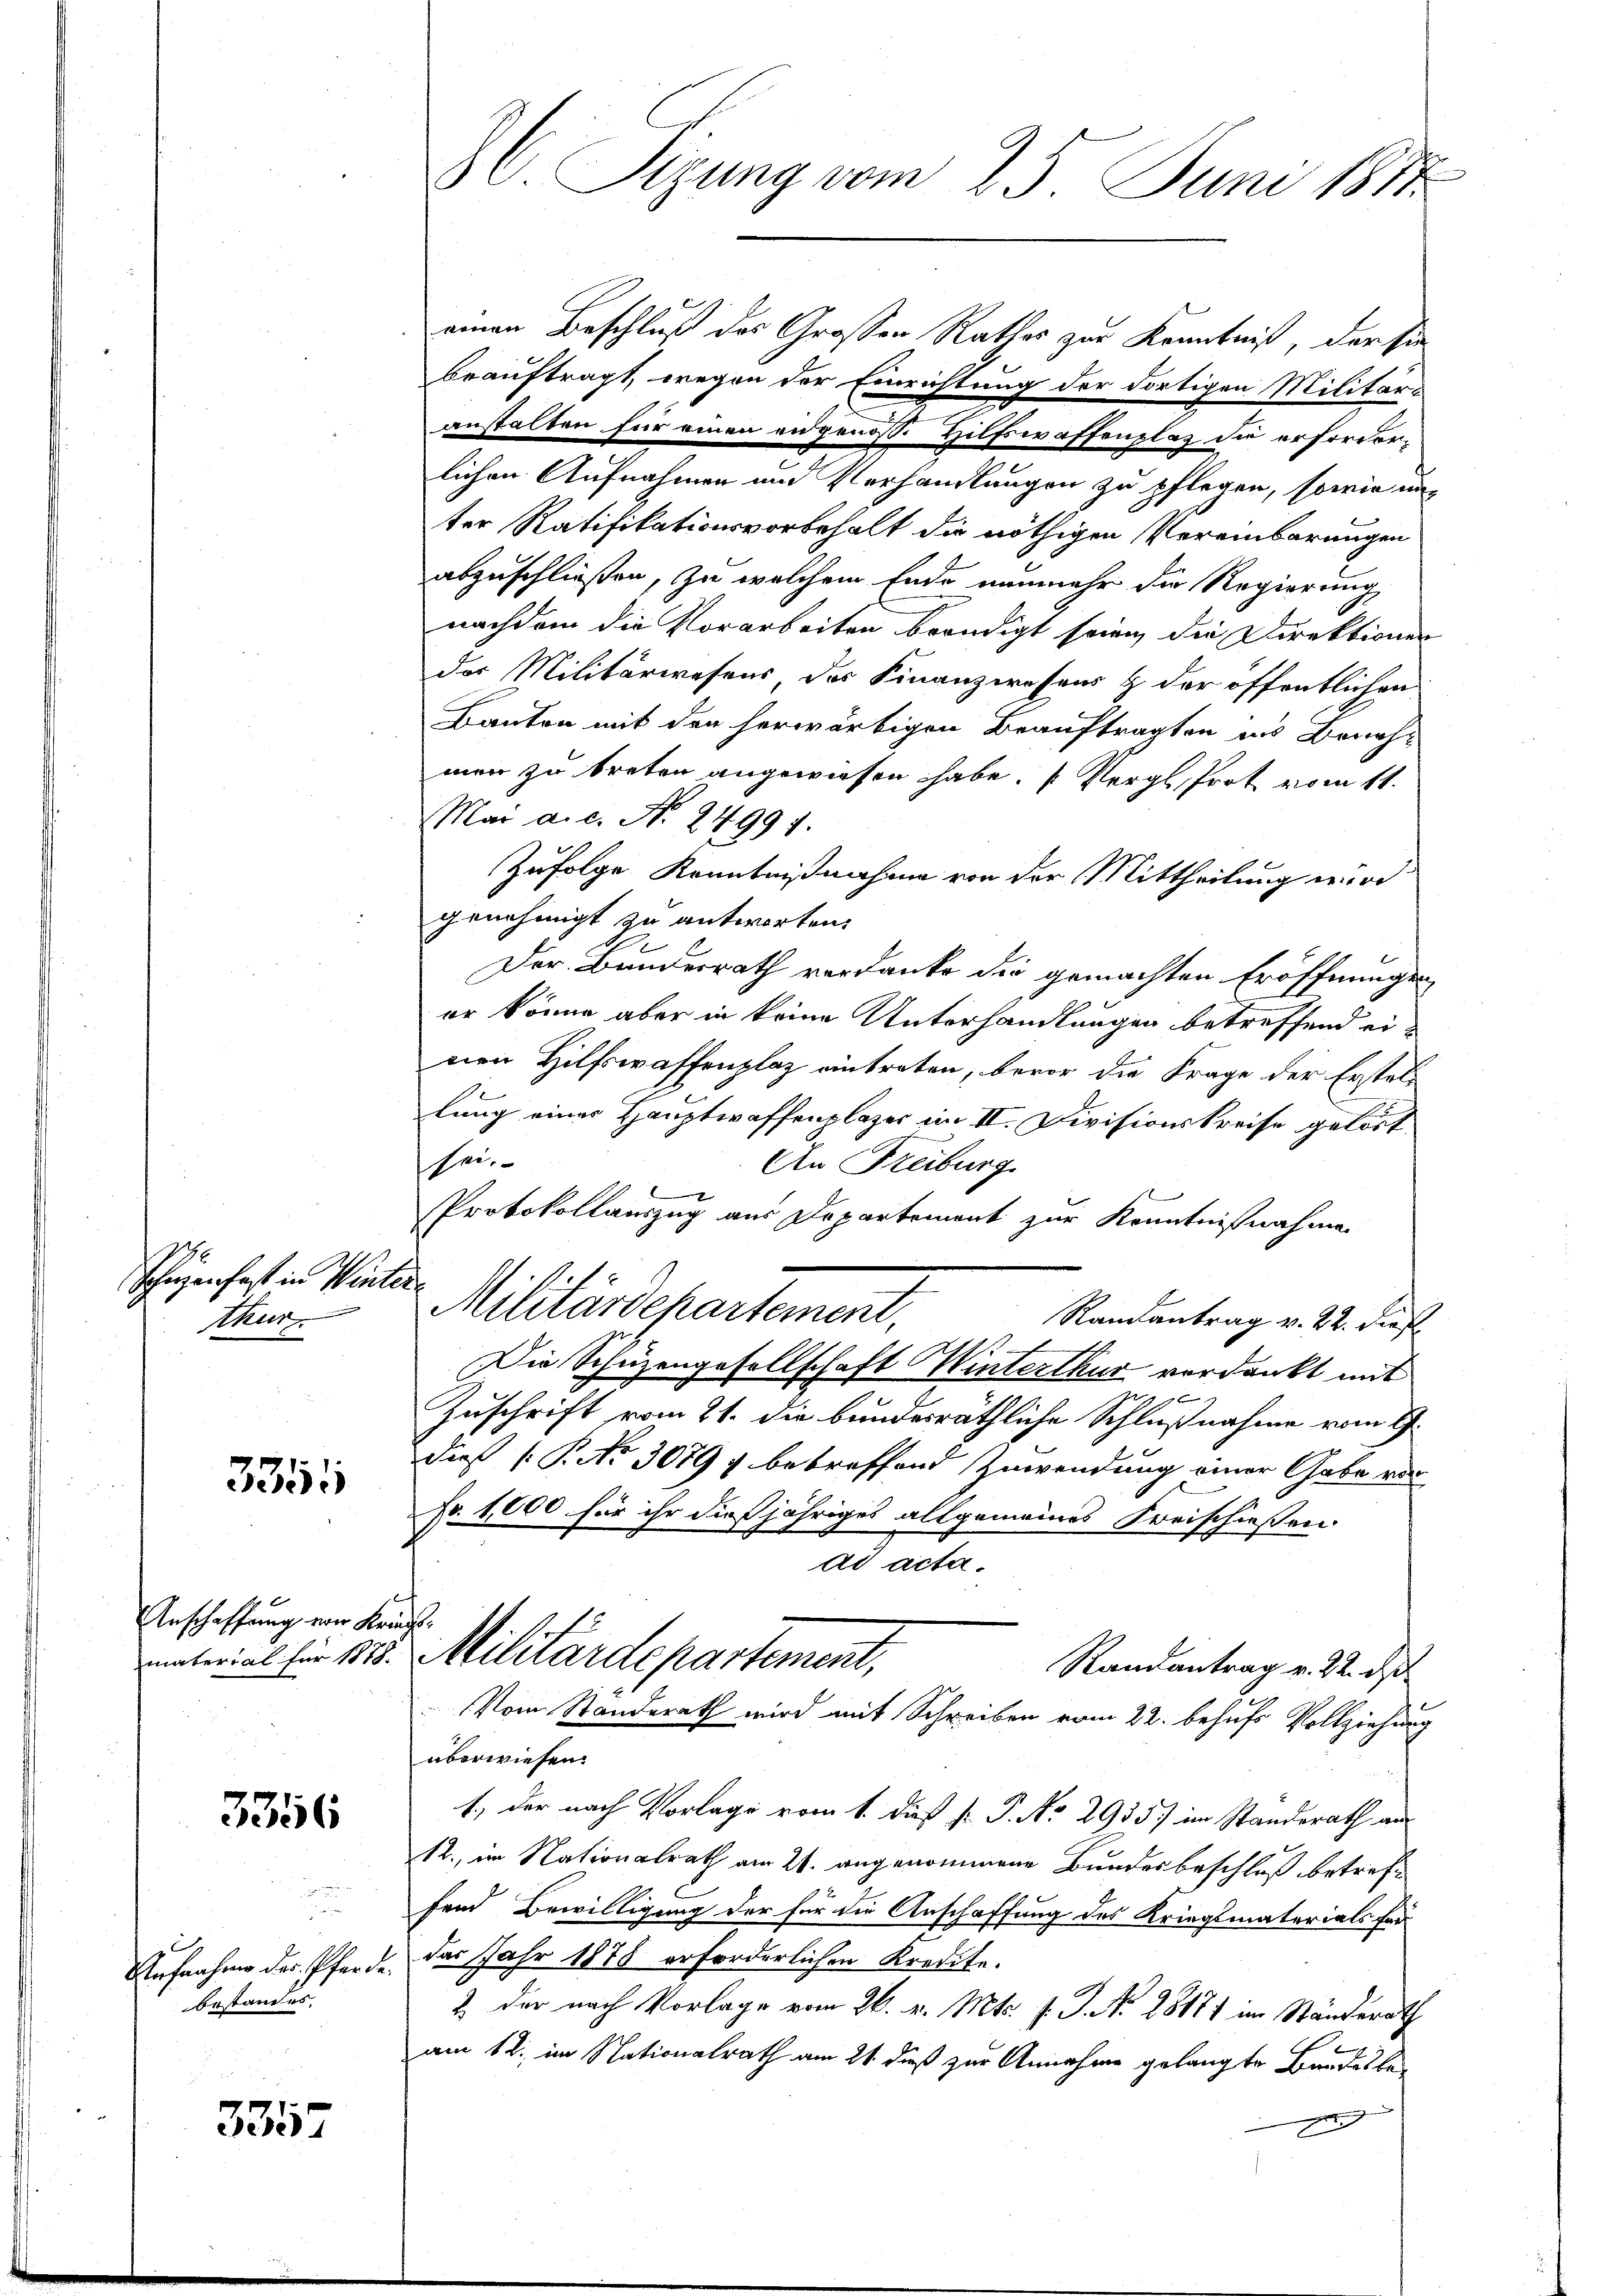
Schnen fast in Winter
thur

3351

Anschaffung von Kra

3356

Aufnahme der Pferde
bestandes.

335

SC. Sizung vom 25. Juni 1841.

einen Beschluß des Grossen Rathes zur Kenntniß, der sie
beauftragt, wegen der Einrichtung der dortigen Militär-
anstalten für einen angenoss. Hilfswaffenplas die erforderlichen Aufnahmen und Verhandlungen zu pflegen, sowie un-
ter Ratifikationsvorbehalt die nöthigen Vereinbarungen
abzuschließen, zu welchem Ende nunmehr die Regierung,
nachdem die Vorarbeiten beendigt seien, die Direktionen
des Militärwesens des Finanzwesens & der öffentlichen
Bauten mit den herwärtigen Beauftragten ins Beneh-
men zu treten angewiesen habe. (Vergl. Prot vom 11.
Mai a.c. No. 2499 f.
Zufolge Kenntnißnahme von der Mittheilung wird
genehmigt zu antworten,
Der Bundesrath verdanke die gemachten Eröffnungen
er könne aber in keine Unterhandlungen betreffend einen Hilfswaffenplaz eintreten, bevor die Frage der Erstellung einer Hauptwaffenplazer im II. Divisionskreise gelöst.
sei.
An Freiburg
Protokollauszug aus Departement zur Kenntnißnahme
Militärdepartement,
Ramantrag v. 22. dieß
e
Die Schüzengesellschaft Winterthur verdankt mit
 f
Zuschrift vom 21. die bundesräthliche Schlußnahme vom 9.
dieß (P. Nr. 3079 f betreffend Zuwendung einer Gabe vor
Nr. 1000 für ihr dießjähriges allgemeines Kreischiessen.
ad acta.
i
unterial für 128. Militärdepartement,
Randantrag v. 22. ds
Vom Standerath wird mit Schreiben vom 22. behufs Vollziehung
überwiesen.
1.) Der nach Vorlage vom 1. dieß P. P. No 2935) im Standsrath an
12., im Nationalrath am 21. angenommene Bundesbeschluß betreffend Bewilligung der für die Anschaffung des Kriegsmaterials frü
das Jahr 1878 erforderlichen Kredite.
2. der nach Vorlage vom 26. v. Mts. f. J. No 28177 im Ständerath
am 12. im Nationalrath am 21. dieß zur Annahme gelangte Bandesbe-
e